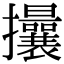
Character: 𢺖